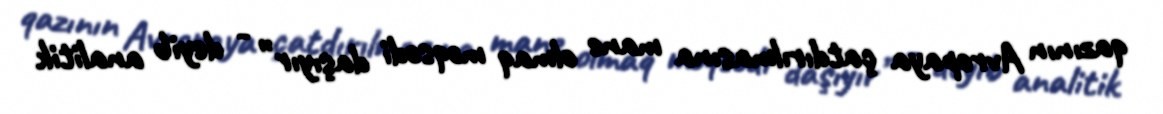
qazının Avropaya çatdırılmasına mane olmaq məqsədi daşıyır” - deyib analitik